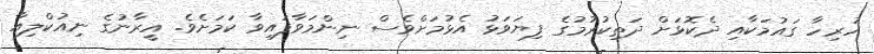
ހުރިހާ ގައުމަކާއި ދެކޮޅަށް ދަތިކުރުމުގެ ފިޔަވަޅު އެޅުމަށްވެސް ނިންމަވާފައިވާ ކަމަށެވެ. އީރާނުގެ ނިއުކްލިއާ